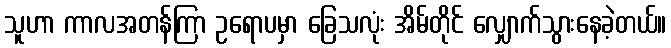
သူဟာ ကာလအတန်ကြာ ဥရောပမှာ ခြေသလုံး အိမ်တိုင် လျှောက်သွားနေခဲ့တယ်။